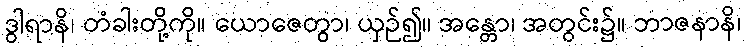
ဒွါရာနိ၊ တံခါးတို့ကို။ ယောဇေတွာ၊ ယှဉ်၍။ အန္တော၊ အတွင်း၌။ ဘာဇနာနိ၊